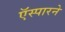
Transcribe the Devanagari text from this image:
ऍस्पारने